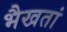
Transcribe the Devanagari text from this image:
भैखतां